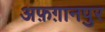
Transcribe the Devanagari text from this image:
अफ़ग़ानपुर